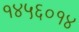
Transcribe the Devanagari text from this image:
१४५६०१४